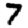
Digit: 7